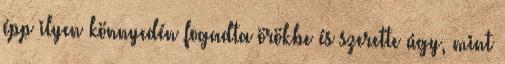
épp ilyen könnyedén fogadta örökbe és szerette úgy, mint